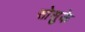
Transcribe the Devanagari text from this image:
सोसुके